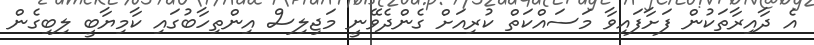
އެ ދާއިރާތަކުން ފަށާފައިވާ މަސައްކަތް ކުރިއަށް ގެންދެވޭނީ މަޖިލިސް އިންތިހާބުގައި ކާމިޔާބީ ލިބިގެން